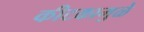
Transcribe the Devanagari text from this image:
कीटकामुळे